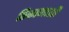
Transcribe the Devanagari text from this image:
ठिकाणाशी